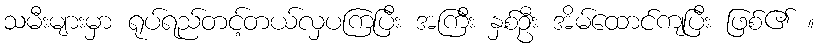
သမီးများမှာ ရုပ်ရည်တင့်တယ်လှပကြပြီး အကြီး နှစ်ဦး အိမ်ထောင်ကျပြီး ဖြစ်၏ ။